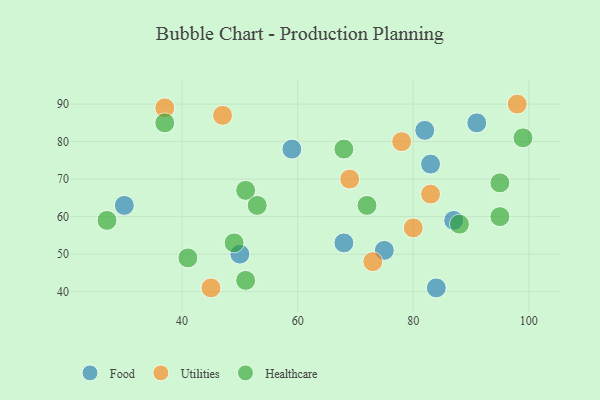
{"axis": {"x": "GDP", "y": "Life Expectancy"}, "legend": ["Food", "Healthcare", "Utilities"], "data": [{"x": "30", "y": 63, "type": "Food"}, {"x": "59", "y": 78, "type": "Food"}, {"x": "82", "y": 83, "type": "Food"}, {"x": "87", "y": 59, "type": "Food"}, {"x": "91", "y": 85, "type": "Food"}, {"x": "84", "y": 41, "type": "Food"}, {"x": "83", "y": 74, "type": "Food"}, {"x": "50", "y": 50, "type": "Food"}, {"x": "68", "y": 53, "type": "Food"}, {"x": "75", "y": 51, "type": "Food"}, {"x": "78", "y": 80, "type": "Utilities"}, {"x": "80", "y": 57, "type": "Utilities"}, {"x": "47", "y": 87, "type": "Utilities"}, {"x": "83", "y": 66, "type": "Utilities"}, {"x": "37", "y": 89, "type": "Utilities"}, {"x": "45", "y": 41, "type": "Utilities"}, {"x": "98", "y": 90, "type": "Utilities"}, {"x": "69", "y": 70, "type": "Utilities"}, {"x": "73", "y": 48, "type": "Utilities"}, {"x": "72", "y": 63, "type": "Healthcare"}, {"x": "41", "y": 49, "type": "Healthcare"}, {"x": "68", "y": 78, "type": "Healthcare"}, {"x": "51", "y": 43, "type": "Healthcare"}, {"x": "95", "y": 69, "type": "Healthcare"}, {"x": "95", "y": 60, "type": "Healthcare"}, {"x": "88", "y": 58, "type": "Healthcare"}, {"x": "27", "y": 59, "type": "Healthcare"}, {"x": "49", "y": 53, "type": "Healthcare"}, {"x": "99", "y": 81, "type": "Healthcare"}, {"x": "51", "y": 67, "type": "Healthcare"}, {"x": "53", "y": 63, "type": "Healthcare"}, {"x": "37", "y": 85, "type": "Healthcare"}]}